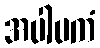
အပါပကံ